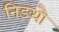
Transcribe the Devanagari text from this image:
निङ्थौ